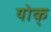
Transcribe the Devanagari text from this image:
योक्